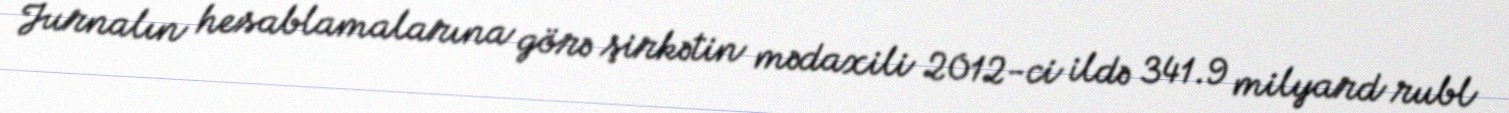
Jurnalın hesablamalarına görə şirkətin mədaxili 2012-ci ildə 341.9 milyard rubl